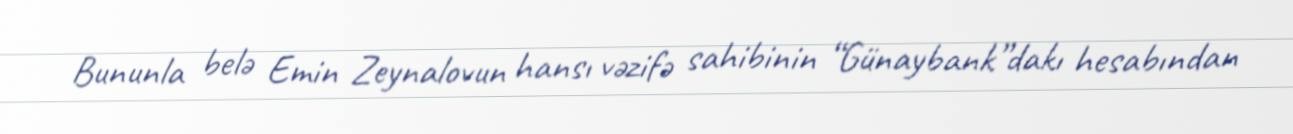
Bununla belə Emin Zeynalovun hansı vəzifə sahibinin “Günaybank”dakı hesabından